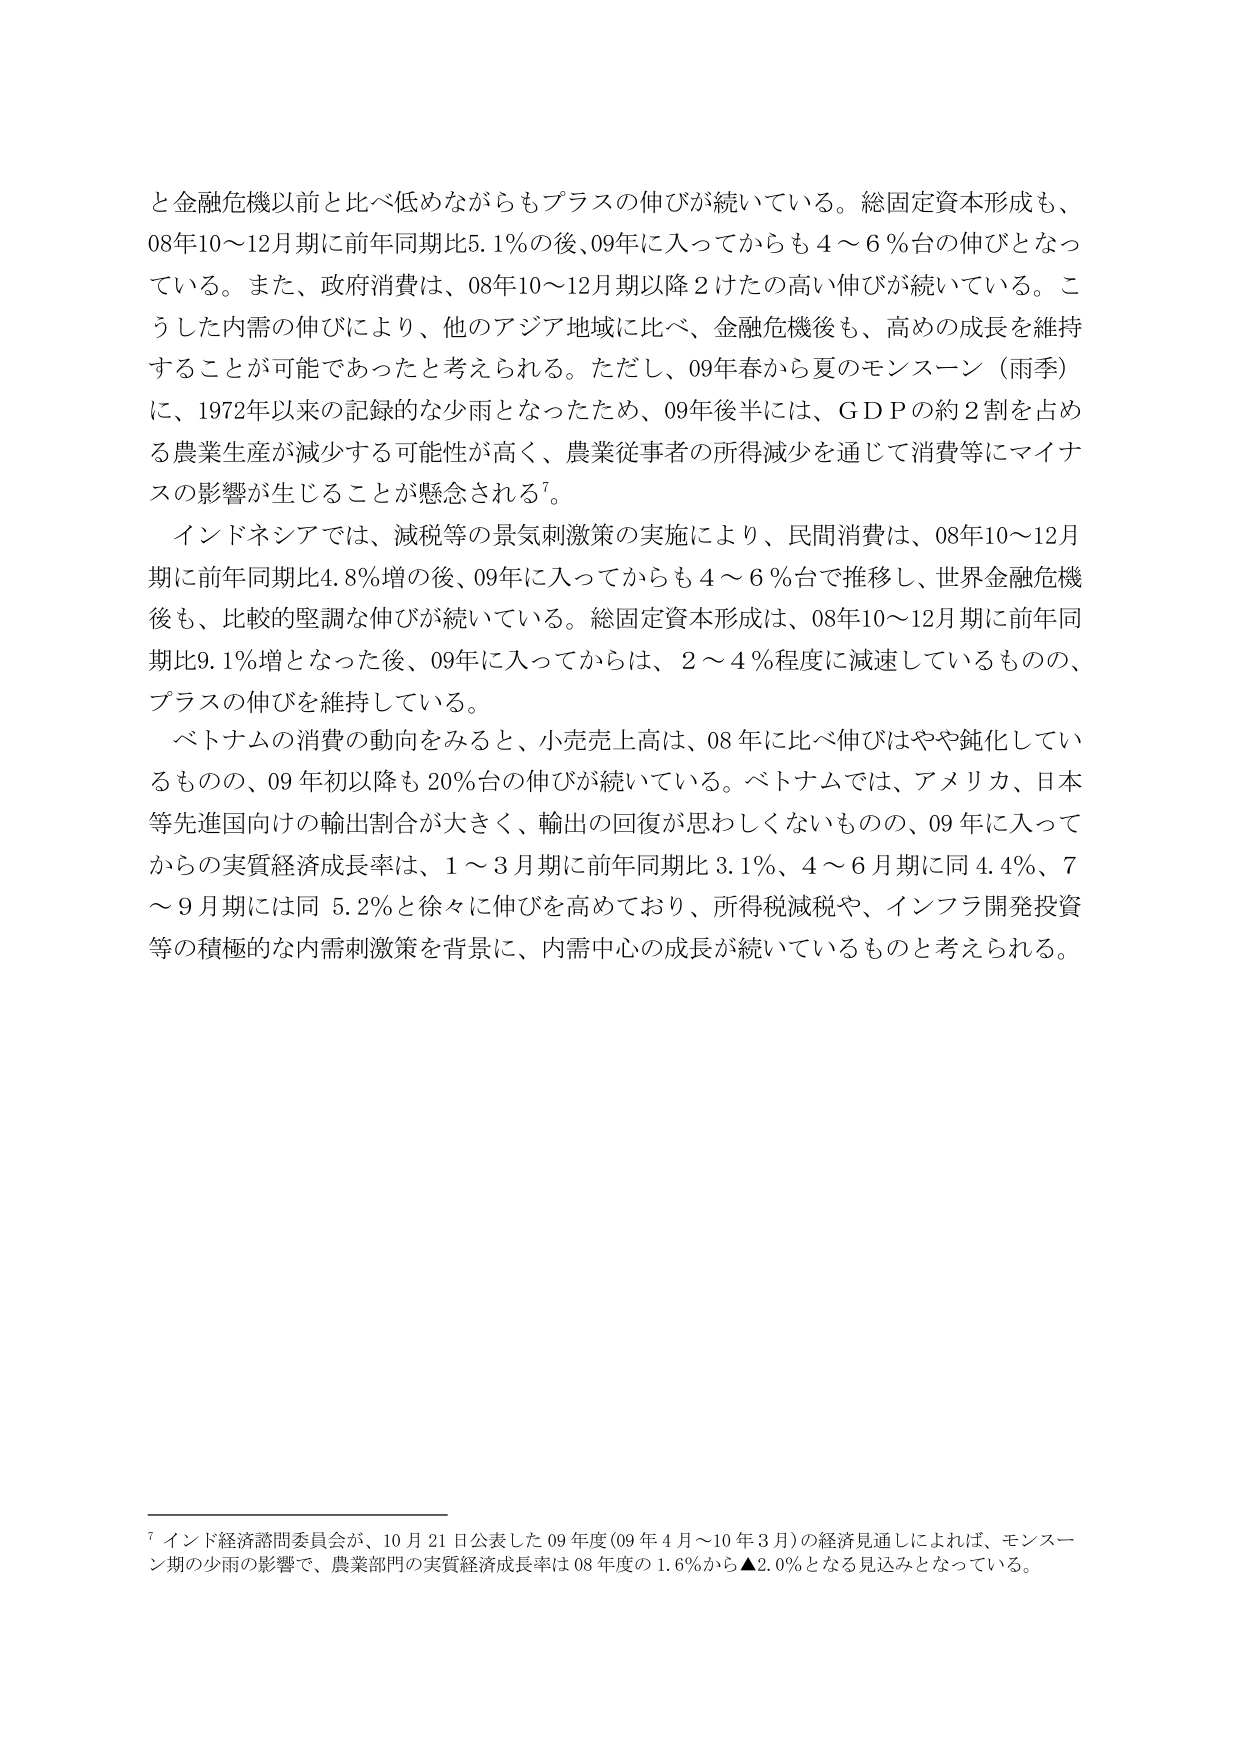
と金融危機以前と比べ低めながらもプラスの伸びが続いている。総固定資本形成も、08年10～12月期に前年同期比5.1％の後、09年に入ってからも4～6％台の伸びとなっている。また、政府消費は、08年10～12月期以降2けたの高い伸びが続いている。こうした内需の伸びにより、他のアジア地域に比べ、金融危機後も、高めの成長を維持することが可能であったと考えられる。ただし、09年春から夏のモンスーン（雨季）に、1972年以来の記録的な少雨となったため、09年後半には、ＧＤＰの約2割を占める農業生産が減少する可能性が高く、農業従事者の所得減少を通じて消費等にマイナスの影響が生じることが懸念される⁷。

インドネシアでは、減税等の景気刺激策の実施により、民間消費は、08年10～12月期に前年同期比4.8％増の後、09年に入ってからも4～6％台で推移し、世界金融危機後も、比較的堅調な伸びが続いている。総固定資本形成は、08年10～12月期に前年同期比9.1％増となった後、09年に入ってからは、2～4％程度に減速しているものの、プラスの伸びを維持している。

ベトナムの消費の動向をみると、小売売上高は、08年に比べ伸びはやや鈍化しているものの、09年初以降も20％台の伸びが続いている。ベトナムでは、アメリカ、日本等先進国向けの輸出割合が大きく、輸出の回復が思わしくないものの、09年に入ってからの実質経済成長率は、1～3月期に前年同期比3.1％、4～6月期に同4.4％、7～9月期には同5.2％と徐々に伸びを高めており、所得税減税や、インフラ開発投資等の積極的な内需刺激策を背景に、内需中心の成長が続いているものと考えられる。

⁷ インド経済諮問委員会が、10月21日公表した09年度（09年4月～10年3月）の経済見通しによれば、モンスーン期の少雨の影響で、農業部門の実質経済成長率は08年度の1.6％から▲2.0％となる見込みとなっている。